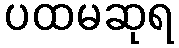
ပထမဆုရ